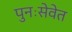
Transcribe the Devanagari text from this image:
पुनःसेवेत